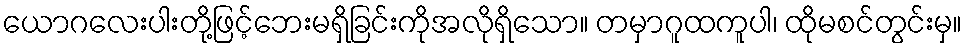
ယောဂလေးပါးတို့ဖြင့်ဘေးမရှိခြင်းကိုအလိုရှိသော။ တမှာဂူထကူပါ၊ ထိုမစင်တွင်းမှ။